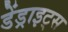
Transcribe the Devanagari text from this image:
डेंड्राइट्स